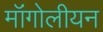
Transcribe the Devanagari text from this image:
मॉंगोलीयन